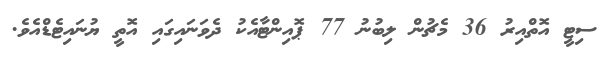
ސިޓީ އޮތްއިރު 36 މެޗުން ލިބުނު 77 ޕޮއިންޓާއެކު ދެވަނައިގައި އޮތީ ޔުނައިޓެޑްއެވެ.